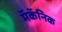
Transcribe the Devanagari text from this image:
मॅकॅनिक